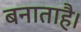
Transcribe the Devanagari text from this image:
बनाताहै।